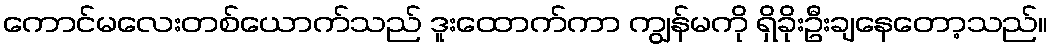
ကောင်မလေးတစ်ယောက်သည် ဒူးထောက်ကာ ကျွန်မကို ရှိခိုးဦးချနေတော့သည်။